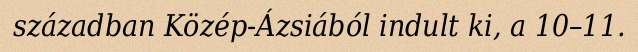
században Közép-Ázsiából indult ki, a 10–11.